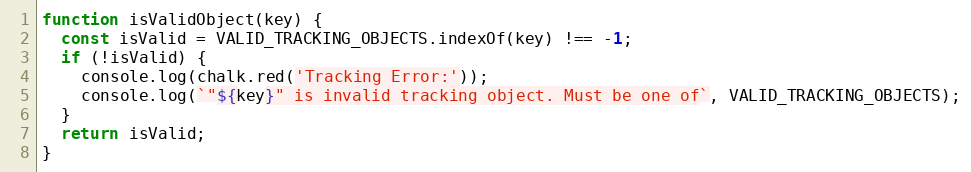
Language: JavaScript
function isValidObject(key) {
  const isValid = VALID_TRACKING_OBJECTS.indexOf(key) !== -1;
  if (!isValid) {
    console.log(chalk.red('Tracking Error:'));
    console.log(`"${key}" is invalid tracking object. Must be one of`, VALID_TRACKING_OBJECTS);
  }
  return isValid;
}